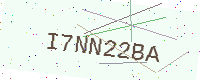
Text: I7NN22BA